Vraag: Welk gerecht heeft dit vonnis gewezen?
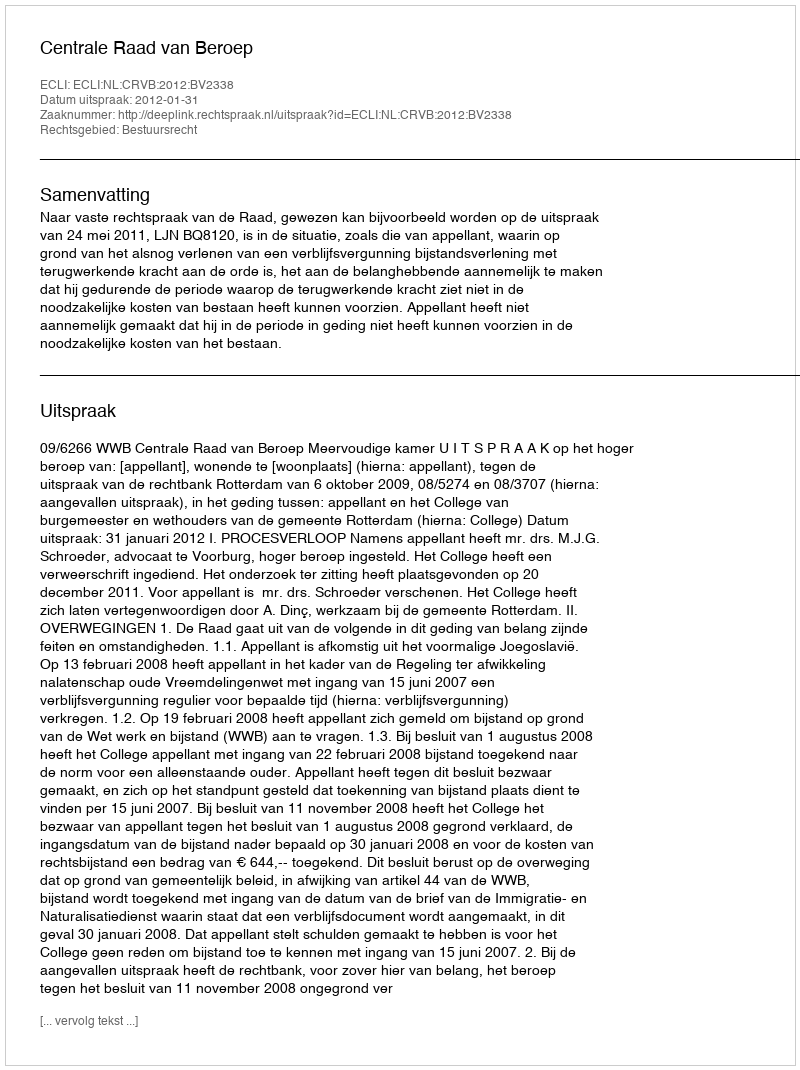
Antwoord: Centrale Raad van Beroep